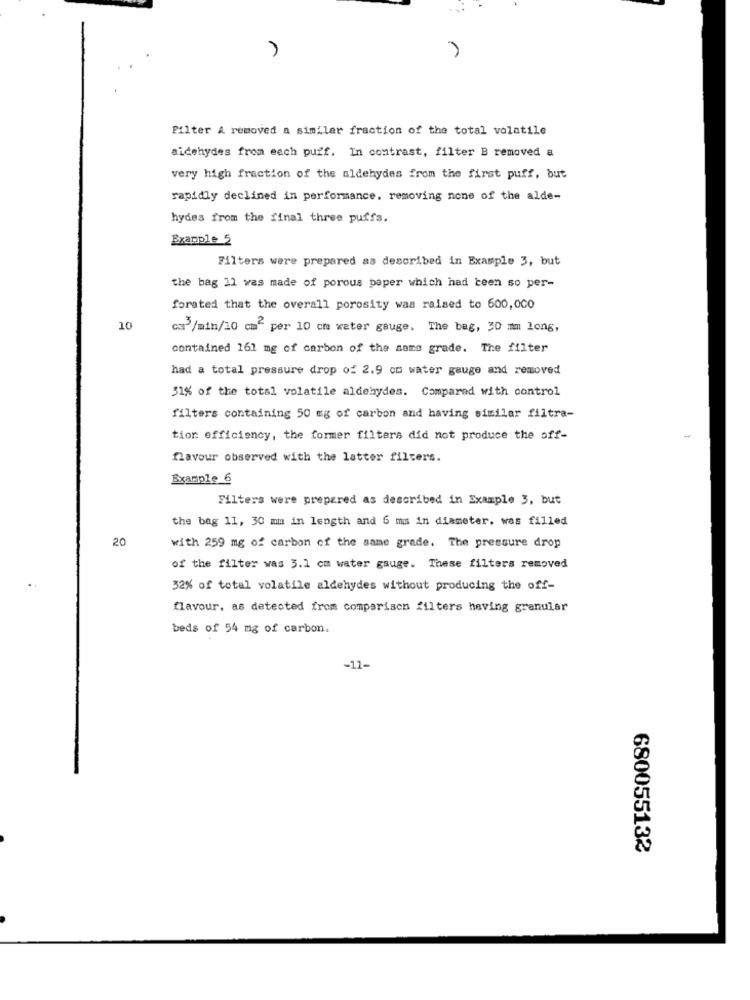
Pilter A removed a similar fraction of the total volatile
aidehydes from each puff. In contrast, filter B removed a
very high fraction of the aldehydes from the first puff, but
rapidly declined in performance. removing none of the alde-
hydes from the final three puffs.
Example 5
Filters were prepared as described in Example 3, but
the bag 11 was made of porous paper which had been so per-
forated that the overall porosity was raised to 600,000
10
cs3/min/10 cm per 10 cm water gauge. The bag, 30 mm long,
contained 161 mg of carbon of the same grade. The filter
had a total pressure drop of 2.9 om water gauge and removed
31% of the total volatile aldehydes. Compared with control
filters containing 50 mg of carbon and having similar filtra-
tion efficiency, the former filters did not produce the off-
flavour observed with the latter filters.
Example 6
Filters were prepared as described in Example 3, but
the bag 11, 30 mm in length and 6 mm in diameter. was filled
20
with 259 mg of carbon of the same grade. The pressure drop
of the filter was 3.1 cm water gauge. These filters removed
32% of total volatile aldehydes without producing the off-
flavour, as detected from comparison filters having granular
beds of 54 mg of carbon.
-11-
680055132